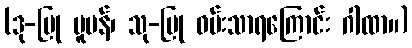
(ဒု-ပြု ပူပန်၊ သု-ပြု ဝမ်းသာရကြောင်း ဂါထာ။)